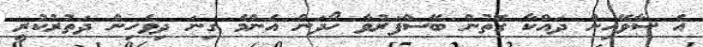
އެ ސާވޭއިން ދައްކާ ގޮތުން ބޭސްފަރުވާ ހޯދަން އެންމެ ގިނަ ދިވެހިން ދަތުރުކުރީ